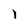
Character: l